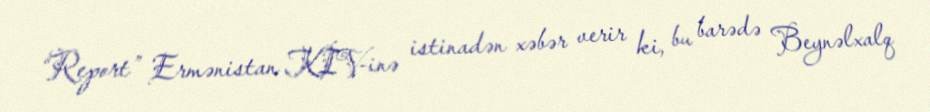
“Report” Ermənistan KİV-inə istinadən xəbər verir ki, bu barədə Beynəlxalq